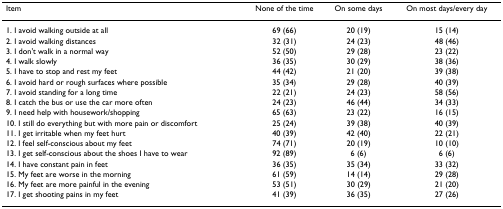
<table><thead><tr><td><b>Item</b></td><td><b>None of the time</b></td><td><b>On some days</b></td><td><b>On most days/every day</b></td></tr></thead><tbody><tr><td>1. I avoid walking outside at all</td><td>69 (66)</td><td>20 (19)</td><td>15 (14)</td></tr><tr><td>2. I avoid walking distances</td><td>32 (31)</td><td>24 (23)</td><td>48 (46)</td></tr><tr><td>3. I don&#x27;t walk in a normal way</td><td>52 (50)</td><td>29 (28)</td><td>23 (22)</td></tr><tr><td>4. I walk slowly</td><td>36 (35)</td><td>30 (29)</td><td>38 (36)</td></tr><tr><td>5. I have to stop and rest my feet</td><td>44 (42)</td><td>21 (20)</td><td>39 (38)</td></tr><tr><td>6. I avoid hard or rough surfaces where possible</td><td>35 (34)</td><td>29 (28)</td><td>40 (39)</td></tr><tr><td>7. I avoid standing for a long time</td><td>22 (21)</td><td>24 (23)</td><td>58 (56)</td></tr><tr><td>8. I catch the bus or use the car more often</td><td>24 (23)</td><td>46 (44)</td><td>34 (33)</td></tr><tr><td>9. I need help with housework/shopping</td><td>65 (63)</td><td>23 (22)</td><td>16 (15)</td></tr><tr><td>10. I still do everything but with more pain or discomfort</td><td>25 (24)</td><td>39 (38)</td><td>40 (39)</td></tr><tr><td>11. I get irritable when my feet hurt</td><td>40 (39)</td><td>42 (40)</td><td>22 (21)</td></tr><tr><td>12. I feel self-conscious about my feet</td><td>74 (71)</td><td>20 (19)</td><td>10 (10)</td></tr><tr><td>13. I get self-conscious about the shoes I have to wear</td><td>92 (89)</td><td>6 (6)</td><td>6 (6)</td></tr><tr><td>14. I have constant pain in feet</td><td>36 (35)</td><td>35 (34)</td><td>33 (32)</td></tr><tr><td>15. My feet are worse in the morning</td><td>61 (59)</td><td>14 (14)</td><td>29 (28)</td></tr><tr><td>16. My feet are more painful in the evening</td><td>53 (51)</td><td>30 (29)</td><td>21 (20)</td></tr><tr><td>17. I get shooting pains in my feet</td><td>41 (39)</td><td>36 (35)</td><td>27 (26)</td></tr></tbody></table>